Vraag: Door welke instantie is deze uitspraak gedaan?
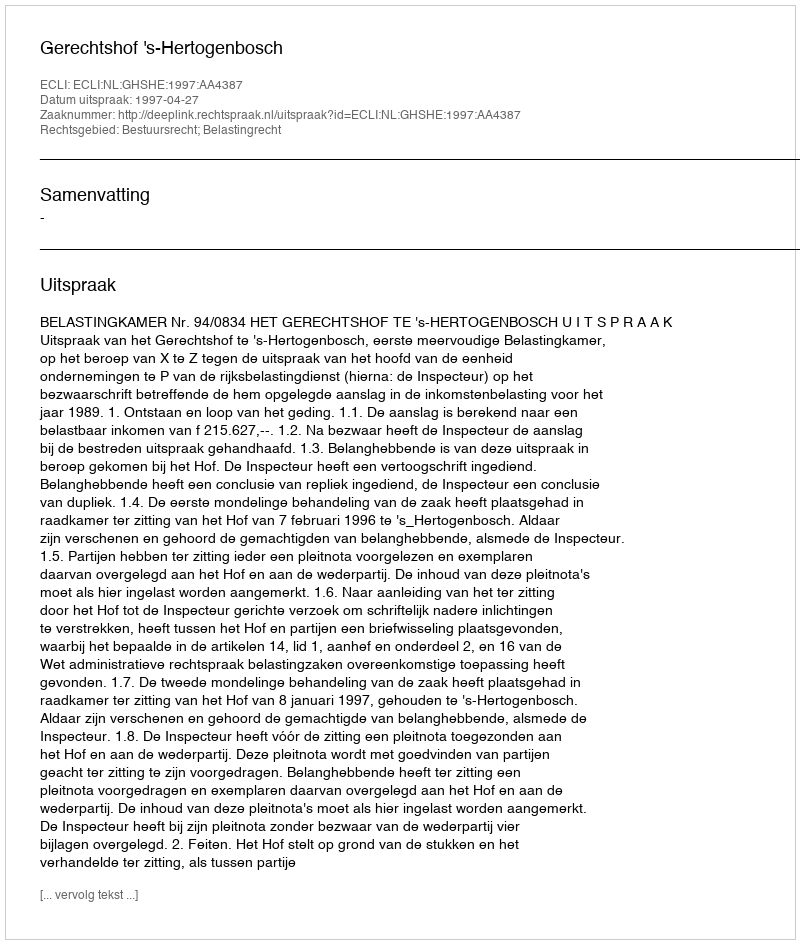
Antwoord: Gerechtshof 's-Hertogenbosch